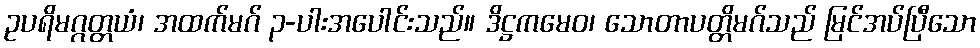
ဥပရိမဂ္ဂတ္တယံ၊ အထက်မဂ် ၃-ပါးအပေါင်းသည်။ ဒိဋ္ဌကမေဝ၊ သောတာပတ္တိမဂ်သည် မြင်အပ်ပြီသော